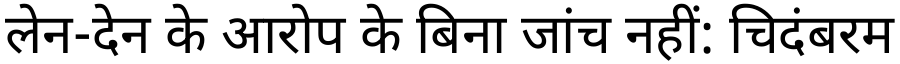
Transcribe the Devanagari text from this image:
लेन-देन के आरोप के बिना जांच नहीं: चिदंबरम